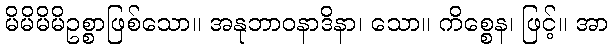
မိမိမိမိဥစ္စာဖြစ်သော။ အနုဘာဝနာဒိနာ၊ သော။ ကိစ္စေန၊ ဖြင့်။ အာ